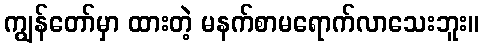
ကျွန်တော်မှာ ထားတဲ့ မနက်စာမရောက်လာသေးဘူး။